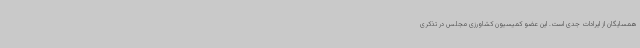
همسایگان از ایرادات جدی است. این عضو کمیسیون کشاورزی مجلس در تذکری